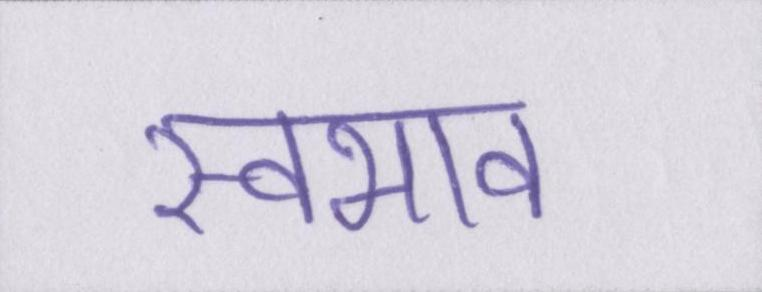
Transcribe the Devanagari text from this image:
स्वभाव